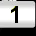
Digit: 1